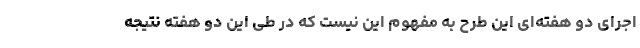
اجرای دو هفته‌ای این طرح به مفهوم این نیست که در طی این دو هفته نتیجه